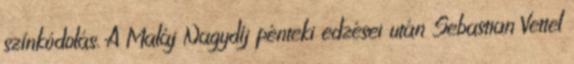
színkódolás. A Maláj Nagydíj pénteki edzései után Sebastian Vettel